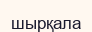
шырқала